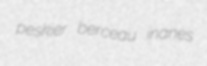
peskier berceau inanes